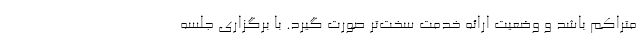
متراکم باشد و وضعیت ارائه خدمت سخت‌تر صورت گیرد. با برگزاری جلسه